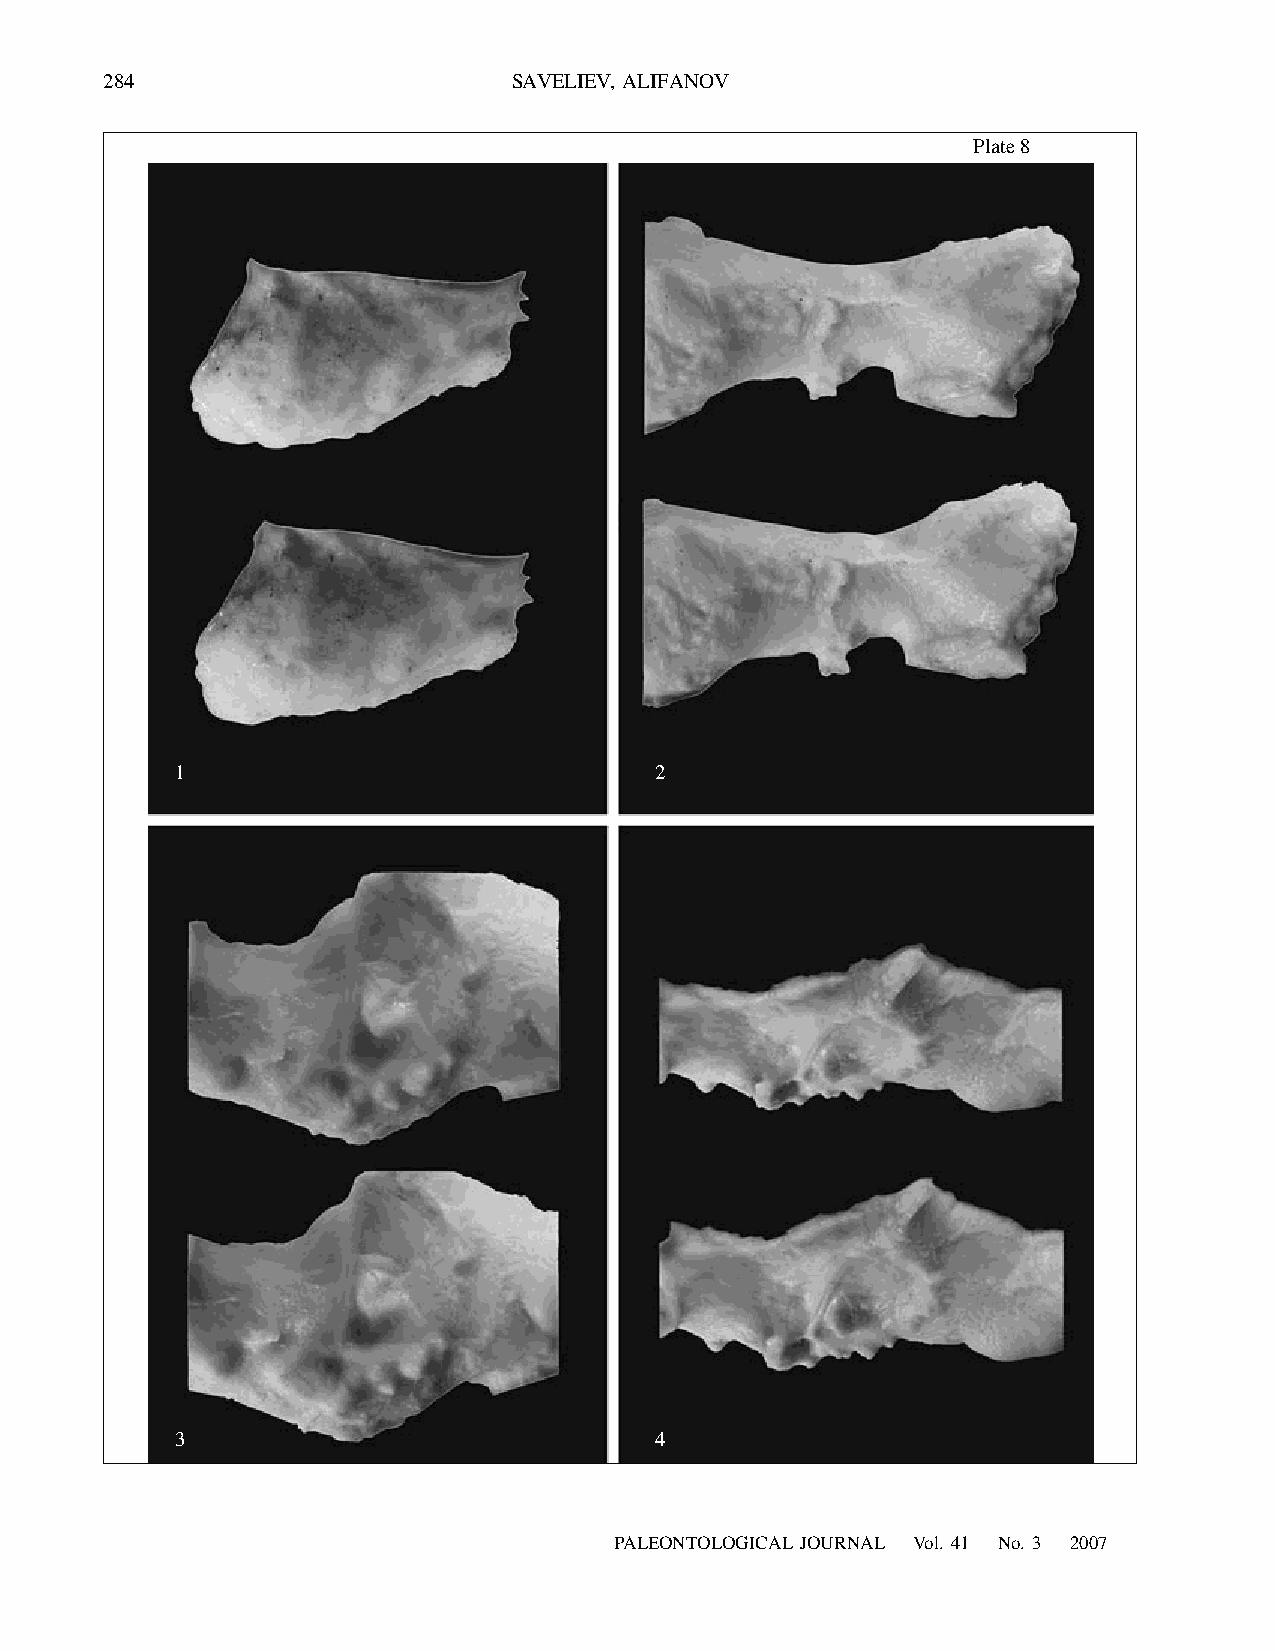
284                        SAVELIEV, ALIFANOV
 Plate 8
 1                              2
 3                              4
 PALEONTOLOGICAL JOURNAL Vol. 41 No. 3 2007